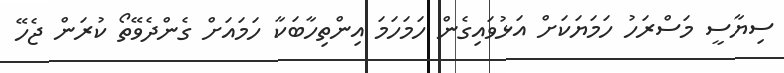
ސިޔާސީ މަސްރަހު ހަމަޔަކަށް އަޅުވައިގެން ހަމަހަމަ އިންތިހާބަކާ ހަމައަށް ގެންދެވޭތޯ ކުރަން ޖެހޭ